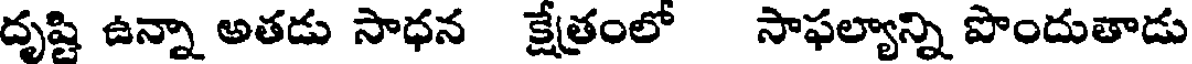
దృష్టి ఉన్నా అతడు సాధన క్షేత్రంలో సాఫల్యాన్ని పొందుతాడు